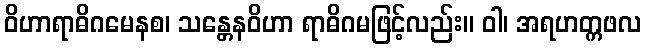
ဝိဟာရာဓိဂမေနစ၊ သန္တေနဝိဟာ ရာဓိဂမဖြင့်လည်း။ ဝါ၊ အရဟတ္ကဖလ